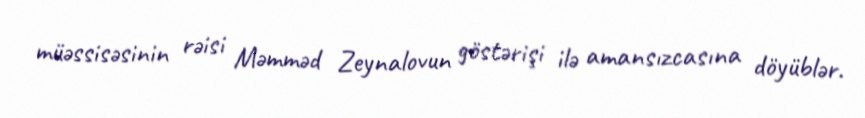
müəssisəsinin rəisi Məmməd Zeynalovun göstərişi ilə amansızcasına döyüblər.